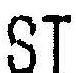
ST